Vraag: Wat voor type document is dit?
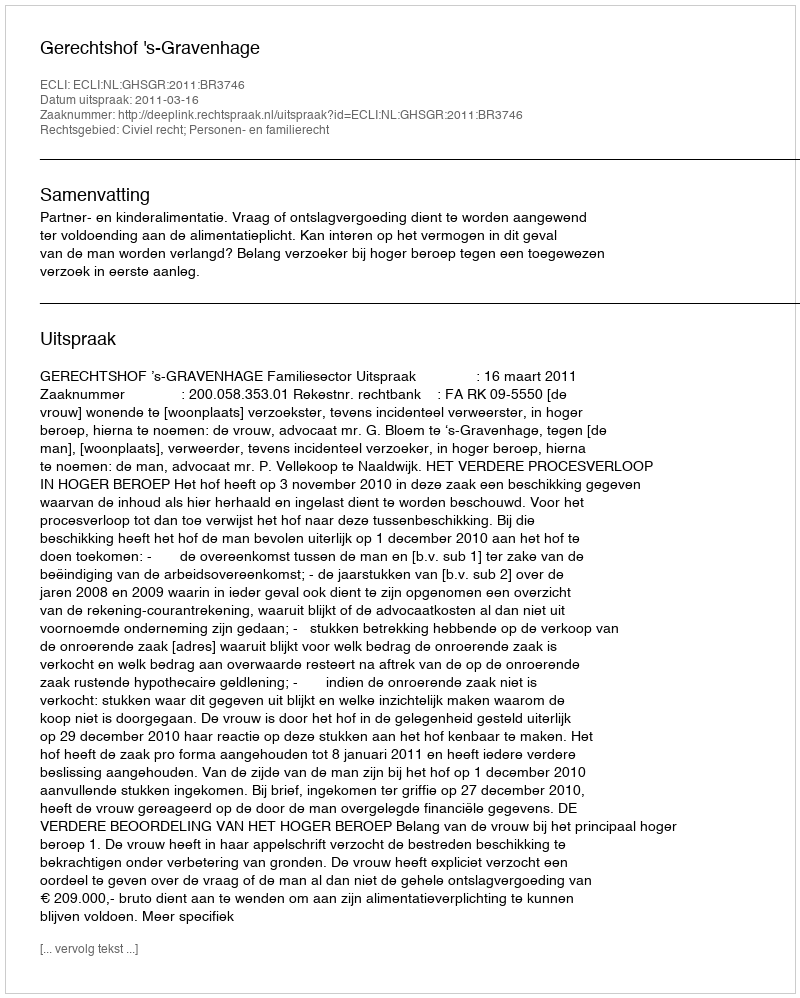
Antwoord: Uitspraak